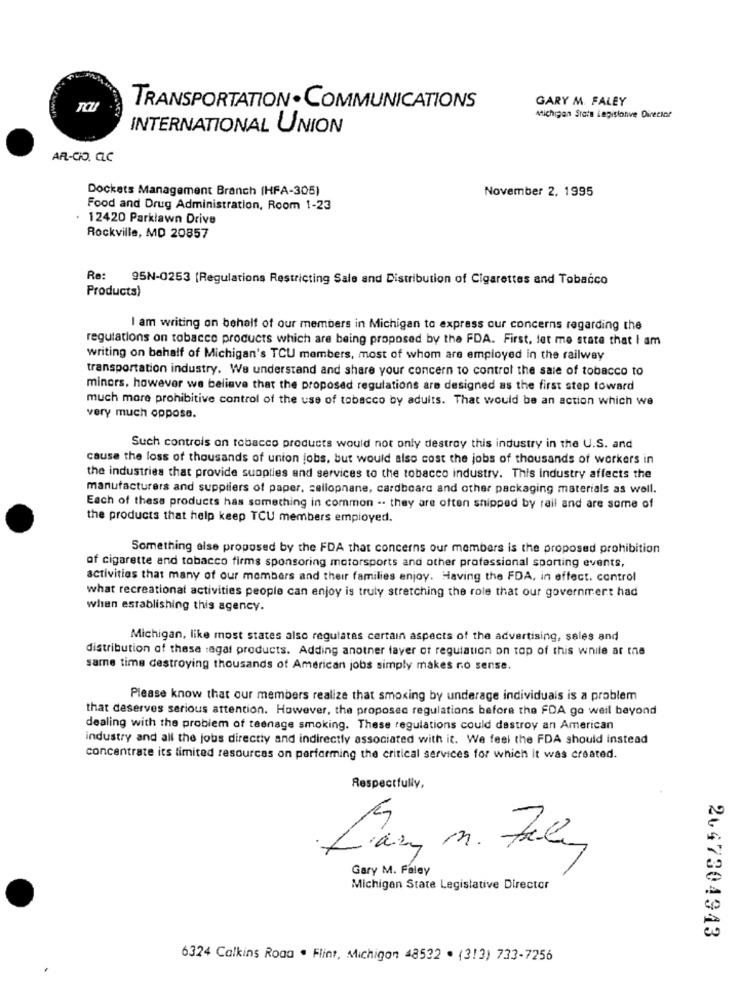
GARY M. FALEY
TRANSPORTATION. COMMUNICATIONS
Michigan State Legislonve Director
INTERNATIONAL UNION
AR-CIO. CLC
Dockets Management Branch (HFA-305)
November 2. 1995
Food and Drug Administration, Room 1-23
12420 Parklawn Drive
Rockville, MD 20857
Re: 95N-0253 (Regulations Restricting Sale and Distribution of Cigarettes and Tobacco
Products)
I am writing on behalf of our members in Michigan to express our concerns regarding the
regulations on tobacco products which are being proposed by the FDA. First, let me state that I am
writing on behalf of Michigan's TCU members, most of whom are employed in the railway
transportation industry. We understand and share your concern to control the sale of tobacco to
minors, however we believe that the proposed regulations are designed as the first step toward
much more prohibitive control of the use of tobacco by adults. That would be an action which we
very much oppose.
Such controls on tobacco products would not only destroy this industry in the U.S. and
cause the loss of thousands of union jobs, but would also cost the jobs of thousands of workers in
the industries that provide suopties and services to the tobacco industry. This industry affects the
manufacturers and suppliers of paper, cellophane, cardboard and other packaging materials as well.
Each of these products has something in common .. they are often shipped by rail and are some of
the products that help keep TCU members employed.
Something else proposed by the FDA that concerns our members is the proposed prohibition
of cigarette and tobacco firms sponsoring motorsports and other professional sporting events,
activities that many of our members and their families enjoy. Having the FDA, in effect. control
what recreational activities people can enjoy is truly stretching the role that our government had
when establishing this agency.
Michigan, like most states also regulates certain aspects of the advertising, sales and
distribution of these :agal products. Adding another fayer of regulation on top of this while ar the
same time destroying thousands of American jobs simply makes no sense.
Please know that our members realize that smoking by underage individuais is a problem
that deserves serious attention. However, the proposed regulations before the FDA go weil beyond
dealing with the problem of teenage smoking. These regulations could destroy an American
industry and all the jobs directly and indirectly associated with it. We feel the FDA should instead
concentrate its limited resources on performing the critical services for which it was created.
Respectfully,
Gary M. Faley
Michigan State Legislative Director
2647304943
6324 Calkins Roaa . Flint, Michigon 48532 . (3!3) 733-7256